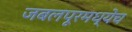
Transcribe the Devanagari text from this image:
जबलपूरमध्येच